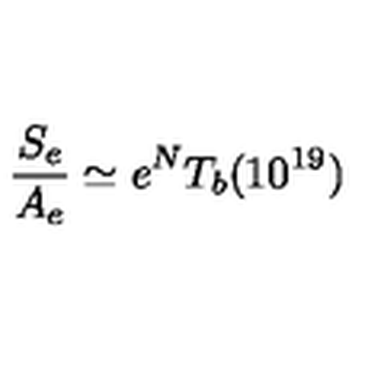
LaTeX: \frac { S _ { e } } { A _ { e } } \simeq e ^ { N } T _ { b } ( 1 0 ^ { 1 9 } )